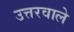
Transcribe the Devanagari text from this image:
उत्तरवाले